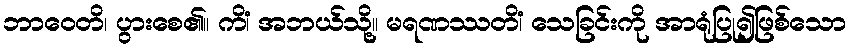
ဘာဝေတိ၊ ပွားစေ၏။ ကိံ၊ အဘယ်သို့။ မရဏဿတိံ၊ သေခြင်းကို အာရုံပြု၍ဖြစ်သော